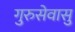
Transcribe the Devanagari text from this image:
गुरुसेवासु